Punjab Mental Hospital Lahore 1932-46 - 1932-1946
Year: 1932
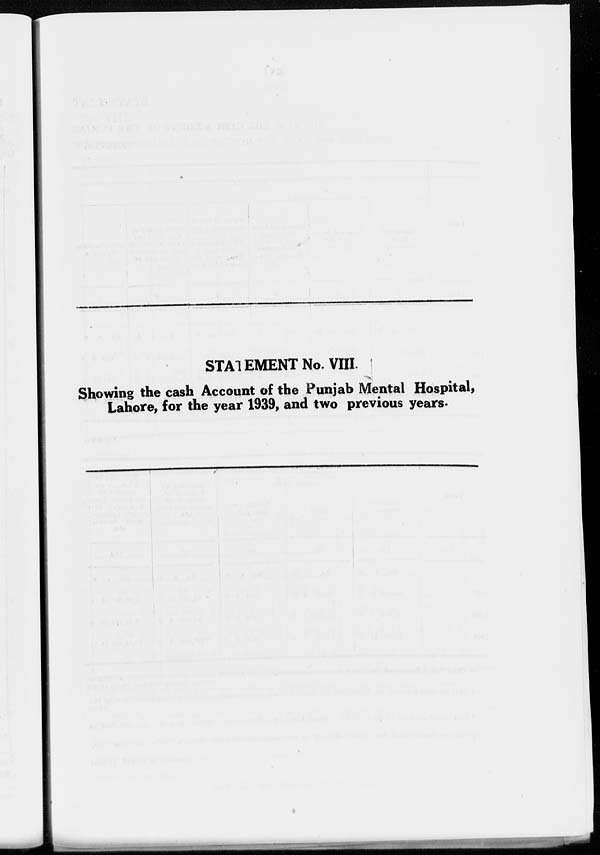
STATEMENT No. VIII.
Showing the cash Account of the Punjab Mental Hospital,
Lahore, for the year 1939, and two previous years.